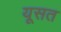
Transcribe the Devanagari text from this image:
यूसत